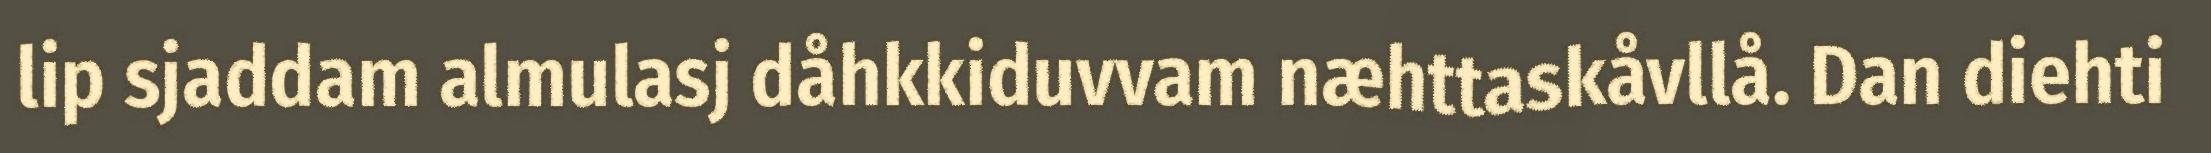
lip sjaddam almulasj dåhkkiduvvam næhttaskåvllå. Dan diehti